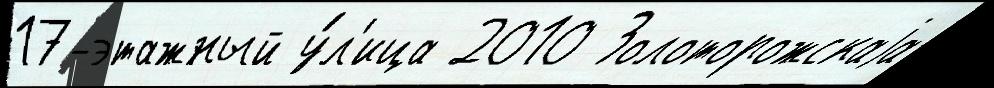
17-этажный у́л'ица 2010 Золоторожскаjа